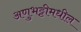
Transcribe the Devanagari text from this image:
अणुभट्टीमधील